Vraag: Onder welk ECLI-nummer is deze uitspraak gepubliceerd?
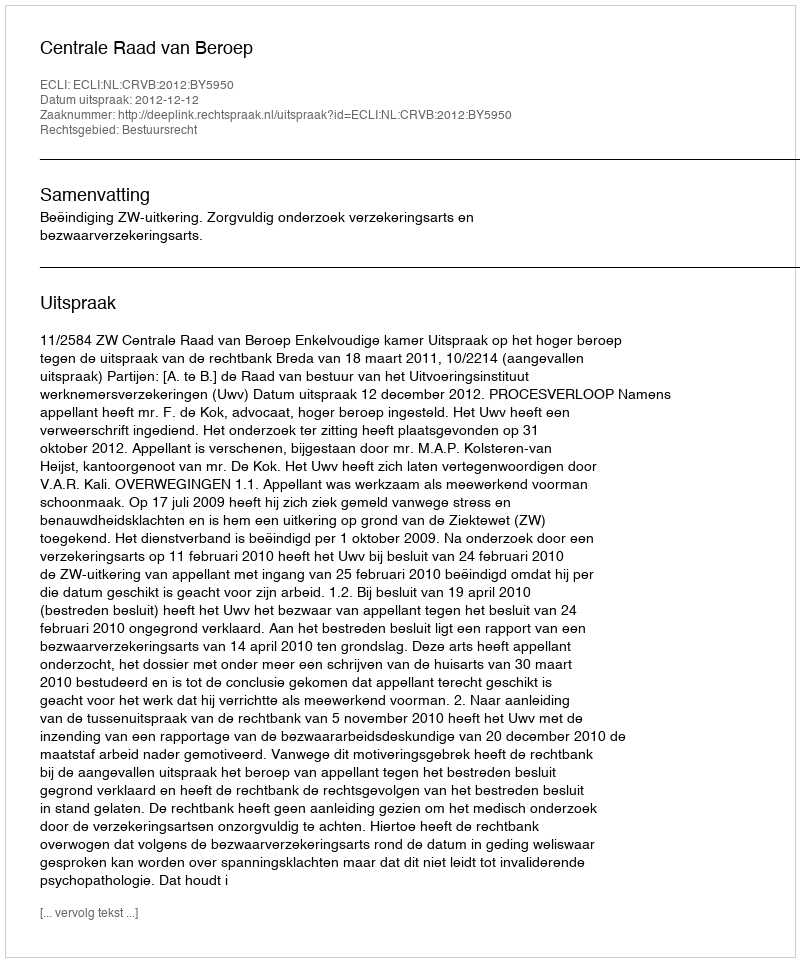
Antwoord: ECLI:NL:CRVB:2012:BY5950